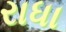
રાધા